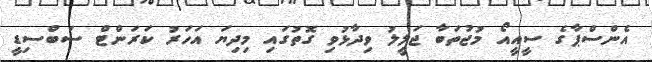
އެންސްޕާގެ ސީއީއޯ މުޖުތަބާ ޖަލީލު ވިދާޅުވި ގޮތުގައި މިދިޔަ އަހަރު ކަރަންޓް ސަބްސިޑީ